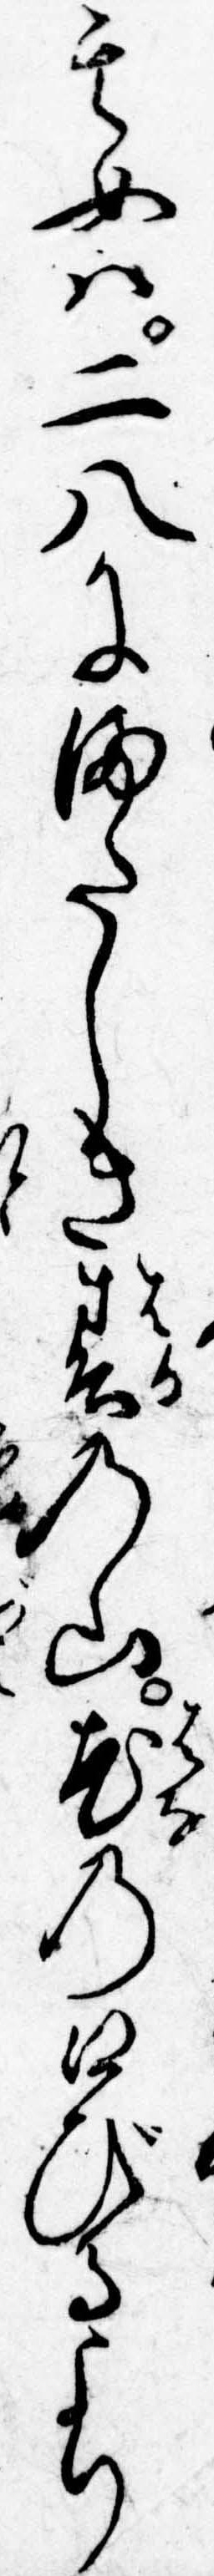
其女は二八にまたしき春の山花の口びるより